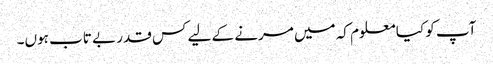
آپ کو کیا معلوم کہ میں مرنے کے لیے کس قدر بے تاب ہوں۔